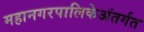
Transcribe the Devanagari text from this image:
महानगरपालिकेअंतर्गत